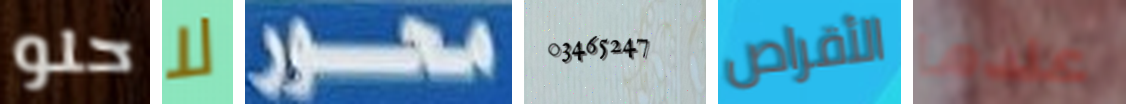
حلو لا محور 03465247 الأقراص عندما